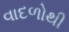
વાદળોથી